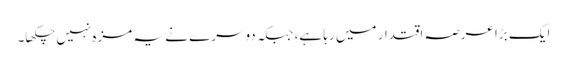
ایک بڑا عرصہ اقتدار میں رہا ہے، جبکہ دوسرے نے یہ مزہ نہیں چکھا۔